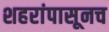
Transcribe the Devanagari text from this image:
शहरांपासूनच